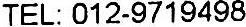
TEL: 012-9719498